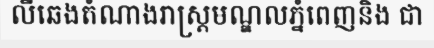
លីឆេងតំណាងរាស្ត្រមណ្ឌលភ្នំពេញនិង ជា